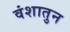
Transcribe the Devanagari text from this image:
वंशातुन